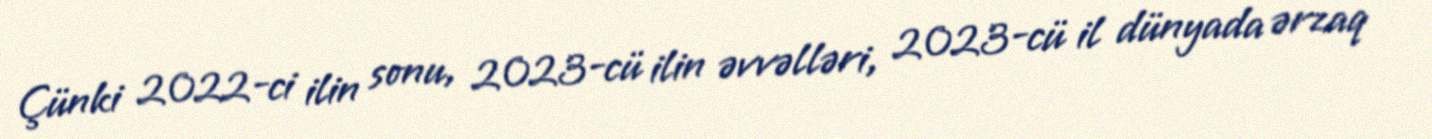
Çünki 2022-ci ilin sonu, 2023-cü ilin əvvəlləri, 2023-cü il dünyada ərzaq